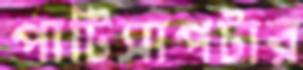
পাটিসাপটার